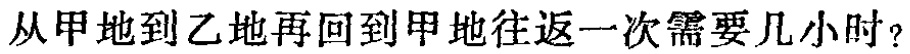
从甲地到乙地再回到甲地往返一次需要几小时？